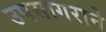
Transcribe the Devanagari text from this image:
उपसागराने